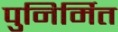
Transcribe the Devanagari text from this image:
पुनिर्मित